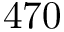
4 7 0